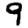
Digit: 9